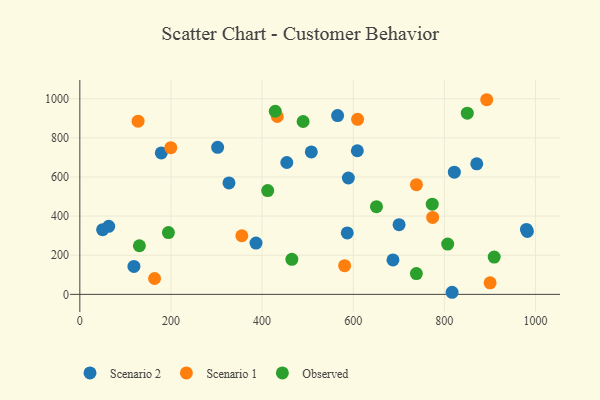
{"axis": {"x": "Engine Size", "y": "Profit"}, "legend": ["Observed", "Scenario 1", "Scenario 2"], "data": [{"x": "63.3", "y": 347.9, "type": "Scenario 2"}, {"x": "565.7", "y": 913.7, "type": "Scenario 2"}, {"x": "700.6", "y": 356.3, "type": "Scenario 2"}, {"x": "982.2", "y": 321.9, "type": "Scenario 2"}, {"x": "327.3", "y": 569.6, "type": "Scenario 2"}, {"x": "118.7", "y": 142.8, "type": "Scenario 2"}, {"x": "454.2", "y": 674.0, "type": "Scenario 2"}, {"x": "980.2", "y": 332.0, "type": "Scenario 2"}, {"x": "302.4", "y": 751.4, "type": "Scenario 2"}, {"x": "386.6", "y": 262.2, "type": "Scenario 2"}, {"x": "609.0", "y": 734.0, "type": "Scenario 2"}, {"x": "50.0", "y": 330.6, "type": "Scenario 2"}, {"x": "821.9", "y": 624.7, "type": "Scenario 2"}, {"x": "178.8", "y": 722.9, "type": "Scenario 2"}, {"x": "586.9", "y": 313.8, "type": "Scenario 2"}, {"x": "871.1", "y": 666.9, "type": "Scenario 2"}, {"x": "687.2", "y": 176.0, "type": "Scenario 2"}, {"x": "508.0", "y": 727.9, "type": "Scenario 2"}, {"x": "817.0", "y": 10.7, "type": "Scenario 2"}, {"x": "589.3", "y": 594.7, "type": "Scenario 2"}, {"x": "609.6", "y": 894.7, "type": "Scenario 1"}, {"x": "433.3", "y": 909.1, "type": "Scenario 1"}, {"x": "893.0", "y": 994.7, "type": "Scenario 1"}, {"x": "900.4", "y": 59.0, "type": "Scenario 1"}, {"x": "774.3", "y": 393.3, "type": "Scenario 1"}, {"x": "127.8", "y": 885.3, "type": "Scenario 1"}, {"x": "738.7", "y": 560.5, "type": "Scenario 1"}, {"x": "581.1", "y": 146.8, "type": "Scenario 1"}, {"x": "355.5", "y": 299.6, "type": "Scenario 1"}, {"x": "164.0", "y": 81.1, "type": "Scenario 1"}, {"x": "199.6", "y": 749.6, "type": "Scenario 1"}, {"x": "194.4", "y": 315.7, "type": "Observed"}, {"x": "412.3", "y": 530.5, "type": "Observed"}, {"x": "807.3", "y": 257.0, "type": "Observed"}, {"x": "738.6", "y": 106.1, "type": "Observed"}, {"x": "490.0", "y": 883.4, "type": "Observed"}, {"x": "130.7", "y": 248.5, "type": "Observed"}, {"x": "428.9", "y": 935.9, "type": "Observed"}, {"x": "850.3", "y": 925.8, "type": "Observed"}, {"x": "773.4", "y": 460.8, "type": "Observed"}, {"x": "909.4", "y": 190.7, "type": "Observed"}, {"x": "651.0", "y": 448.0, "type": "Observed"}, {"x": "465.3", "y": 179.2, "type": "Observed"}]}